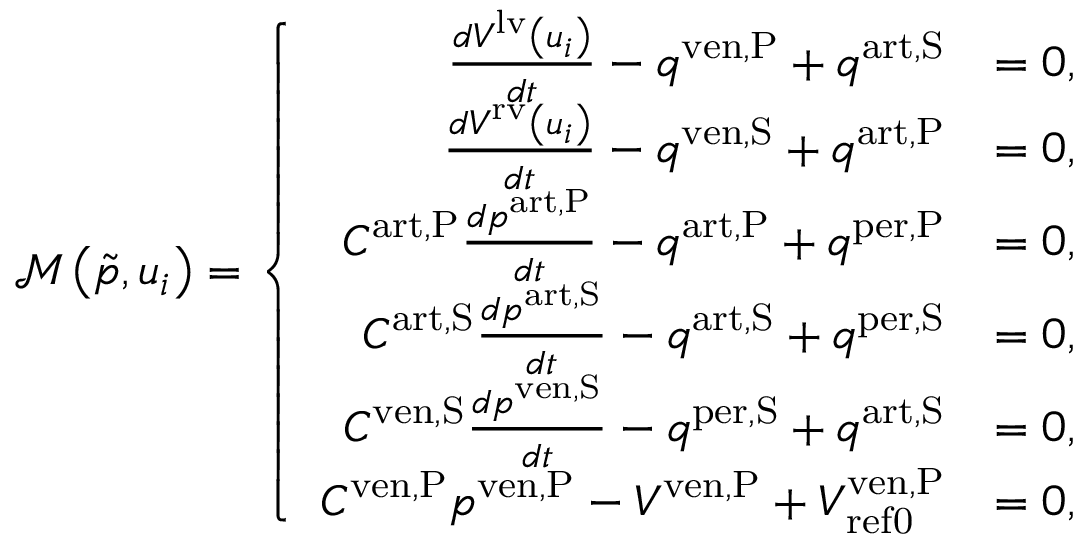
\mathcal { M } \left( \tilde { p } , u _ { i } \right) = \left\{ \begin{array} { r l } { \frac { d V ^ { \mathrm { l v } } \left( u _ { i } \right) } { d t } - q ^ { \mathrm { v e n , P } } + q ^ { \mathrm { a r t , S } } } & { = 0 , } \\ { \frac { d V ^ { \mathrm { r v } } \left( u _ { i } \right) } { d t } - q ^ { \mathrm { v e n , S } } + q ^ { \mathrm { a r t , P } } } & { = 0 , } \\ { C ^ { \mathrm { a r t , P } } \frac { d p ^ { \mathrm { a r t , P } } } { d t } - q ^ { \mathrm { a r t , P } } + q ^ { \mathrm { p e r , P } } } & { = 0 , } \\ { C ^ { \mathrm { a r t , S } } \frac { d p ^ { \mathrm { a r t , S } } } { d t } - q ^ { \mathrm { a r t , S } } + q ^ { \mathrm { p e r , S } } } & { = 0 , } \\ { C ^ { \mathrm { v e n , S } } \frac { d p ^ { \mathrm { v e n , S } } } { d t } - q ^ { \mathrm { p e r , S } } + q ^ { \mathrm { a r t , S } } } & { = 0 , } \\ { C ^ { \mathrm { v e n , P } } p ^ { \mathrm { v e n , P } } - V ^ { \mathrm { v e n , P } } + V _ { \mathrm { { r e f 0 } } } ^ { \mathrm { v e n , P } } } & { = 0 , } \end{array} \right.